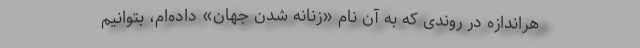
هراندازه در روندی که به آن نام «زنانه شدن جهان» داده‌ام، بتوانیم